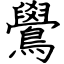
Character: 鷽